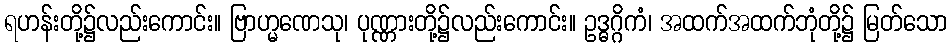
ရဟန်းတို့၌လည်းကောင်း။ ဗြာဟ္မဏေသု၊ ပုဏ္ဏားတို့၌လည်းကောင်း။ ဥဒ္ဓဂ္ဂိကံ၊ အထက်အထက်ဘုံတို့၌ မြတ်သော